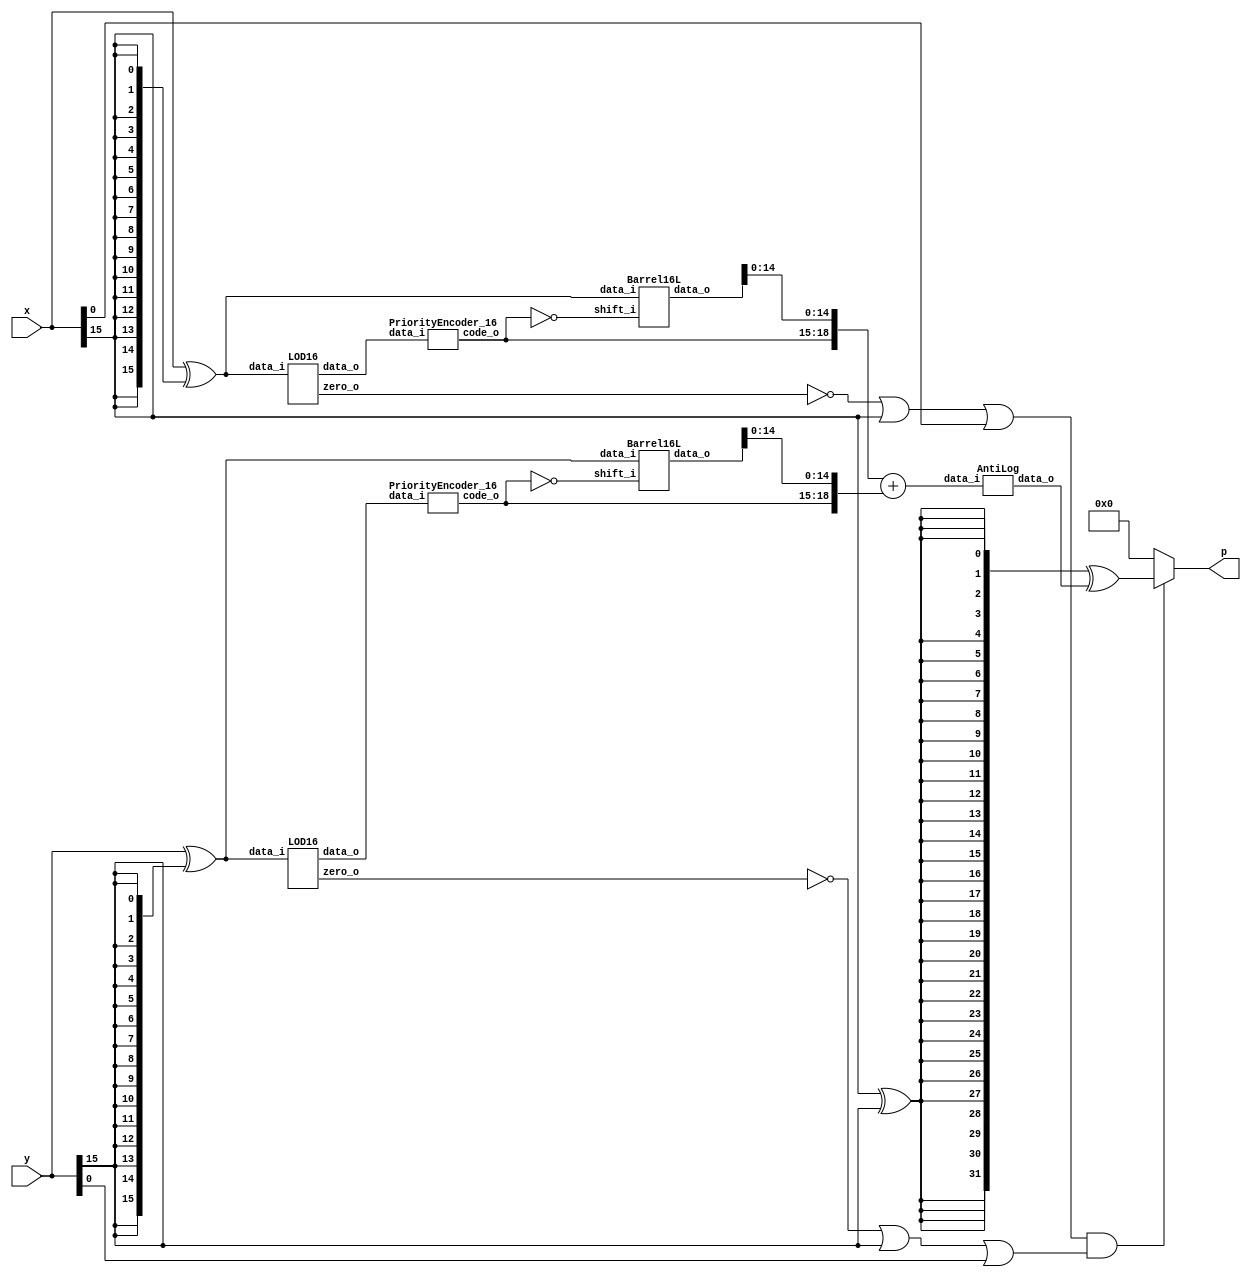
`timescale 1ns / 1ps

module MITCHEL(
    input [15:0] x,
    input [15:0] y,
    output [31:0] p
    );
    
	// Generate abs values
	wire [15:0] x_abs;
	wire [15:0] y_abs;
	
	// Going for X_abs
	assign x_abs = x ^ {16{x[15]}};


	// Going for Y_abs
	assign y_abs = y ^ {16{y[15]}};

			 
	// LOD x
	wire [15:0] kx;
	wire zero_x;
	wire [3:0] code_x;


	LOD16 LODx (
		.data_i(x_abs),
		.zero_o(zero_x),
		.data_o(kx)
	 ); 
	 

	PriorityEncoder_16 PEx (
		.data_i(kx),
		.code_o(code_x)
	 ); 
	 
	// LOD y

	wire [15:0] ky;
	wire zero_y;
	wire [3:0] code_y;

	LOD16 LODy (
		.data_i(y_abs),
		.zero_o(zero_y),
		.data_o(ky)
	 ); 

	PriorityEncoder_16 PEy (
			.data_i(ky),
			.code_o(code_y)
		 ); 
		 
	
	// Barell shift X
	
	wire [3:0] code_x_inv;
	wire [15:0] barrel_x;
	
	assign code_x_inv = ~code_x;
	
	Barrel16L BShiftx (
		.data_i(x_abs),
		.shift_i(code_x_inv),
		.data_o(barrel_x)
 	 ); 
	
	
	// Barell shift Y
	wire [3:0] code_y_inv;
	wire [15:0] barrel_y;

	assign code_y_inv = ~code_y;
	
	Barrel16L BShifty (
		.data_i(y_abs),
		.shift_i(code_y_inv),
		.data_o(barrel_y)
 	 );
	
	// Addition of Op1 and Op2
	wire [19:0] op1;
	wire [19:0] op2;
	wire [19:0] L;
	wire c_in;
	
	
	assign op1 = {1'b0,code_x,barrel_x[14:0]};
	assign op2 = {1'b0,code_y,barrel_y[14:0]};
    
    assign L = op1 + op2;
	 	
	// Anti logarithm 
	
	wire [31:0] tmp_out; 
	AntiLog anti_log(
		.data_i(L),
		.data_o(tmp_out)
	);
	
	// xor 
	wire prod_sign; 
	wire [31:0] tmp_sign;
	
	assign prod_sign = x[15] ^ y[15];
	assign tmp_sign = {32{prod_sign}} ^ tmp_out;
	
	// is zero 
	wire not_zero;
	assign not_zero = (~zero_x | x[15] | x[0]) & (~zero_y | y[15] | y[0]);
	
	assign p = not_zero ? tmp_sign : 32'b0;
	
endmodule


module AntiLog(
	input [19:0] data_i,
	output [31:0] data_o
	);
	
	// L1 Barell
	wire [31:0] l1_in;
	wire [31:0] l1_out;
	wire [4:0] k_enc;
	wire [4:0] k_enc_inc;
	
	assign l1_in = {16'b0,1'b1,data_i[14:0]};
	assign k_enc = {1'b0,data_i[18:15]};
	
	carry_lookahead_inc inc_inst(
     .i_add1(k_enc),
     .o_result(k_enc_inc)
     );	
	
	
	
	Barrel32L L1shift (
		.data_i(l1_in),
		.shift_i(k_enc_inc),
		.data_o(l1_out)
 	 );
	
	// R Barell 
	wire [15:0] r_in;
	wire [15:0] r_out;
	wire [3:0] enc;
	
	assign enc = ~data_i[18:15];
	assign r_in = {1'b1,data_i[14:0]};
	
	Barrel16R Rshift (
		.data_i(r_in),
		.shift_i(enc),
		.data_o(r_out)
 	 );
	
	// And
	wire lr;
	wire [15:0] out_msb;
	
	assign lr = data_i[19];
	assign out_msb = {16{lr}} & l1_out[31:16];
	
	// mux
	wire [15:0] out_lsb;
	assign out_lsb = lr ? l1_out[15:0] : r_out;
	// concanate
	assign data_o = {out_msb,out_lsb};
	
endmodule

module PriorityEncoder_16_old(
    input [15:0] data_i,
    output reg [3:0] code_o
    );

	always @*
		case (data_i)
	      16'b0000000000000001 : code_o = 4'b0000;
         16'b0000000000000010 : code_o = 4'b0001;
         16'b0000000000000100 : code_o = 4'b0010;
         16'b0000000000001000 : code_o = 4'b0011;
         16'b0000000000010000 : code_o = 4'b0100;
         16'b0000000000100000 : code_o = 4'b0101;
         16'b0000000001000000 : code_o = 4'b0110;
         16'b0000000010000000 : code_o = 4'b0111;
		 16'b0000000100000000 : code_o = 4'b1000;
         16'b0000001000000000 : code_o = 4'b1001;
         16'b0000010000000000 : code_o = 4'b1010;
         16'b0000100000000000 : code_o = 4'b1011;
         16'b0001000000000000 : code_o = 4'b1100;
         16'b0010000000000000 : code_o = 4'b1101;
         16'b0100000000000000 : code_o = 4'b1110;
         16'b1000000000000000 : code_o = 4'b1111;
			
			default     : code_o = 4'b0000;
		endcase
		
endmodule

module PriorityEncoder_16(
    input [15:0] data_i,
    output [3:0] code_o
    );
    
    wire [7:0] tmp0;
    assign tmp0 = {data_i[15],data_i[13],data_i[11],data_i[9],data_i[7],data_i[5],data_i[3],data_i[1]};
    OR_tree code0(tmp0,code_o[0]);
    
    wire [7:0] tmp1;
    assign tmp1 = {data_i[15],data_i[14],data_i[11],data_i[10],data_i[7],data_i[6],data_i[3],data_i[2]};
    OR_tree code1(tmp1,code_o[1]);
    
    wire [7:0] tmp2;
    assign tmp2 = {data_i[15],data_i[14],data_i[13],data_i[12],data_i[7],data_i[6],data_i[5],data_i[4]};
    OR_tree code2(tmp2,code_o[2]);
    
    wire [7:0] tmp3;
    assign tmp3 = {data_i[15],data_i[14],data_i[13],data_i[12],data_i[11],data_i[10],data_i[9],data_i[8]};
    OR_tree code3(tmp3,code_o[3]);
endmodule


module OR_tree(
    input [7:0] data_i,
    output data_o
    );
    
    wire [3:0] tmp1;
    wire [1:0] tmp2;
    
    assign tmp1 = data_i[3:0] | data_i[7:4];
    assign tmp2 = tmp1[1:0] | tmp2[3:2];
    assign data_o = tmp2[0] | tmp2[1];
endmodule



module LOD4(
    input [3:0] data_i,
    output [3:0] data_o
    );
	 
	 
	 wire mux0;
	 wire mux1;
	 wire mux2;
	 
	 // multiplexers:
	 assign mux2 = (data_i[3]==1) ? 1'b0 : 1'b1;
	 assign mux1 = (data_i[2]==1) ? 1'b0 : mux2;
	 assign mux0 = (data_i[1]==1) ? 1'b0 : mux1;
	 
	 //gates and IO assignments:
	 assign data_o[3] = data_i[3];
	 assign data_o[2] =(mux2 & data_i[2]);
	 assign data_o[1] =(mux1 & data_i[1]);
	 assign data_o[0] =(mux0 & data_i[0]);
	 

endmodule

module Muxes2in1Array4(
    input [3:0] data_i,
    input select_i,
    output [3:0] data_o
    );


	assign data_o[3] = select_i ? data_i[3] : 1'b0;
	assign data_o[2] = select_i ? data_i[2] : 1'b0;
	assign data_o[1] = select_i ? data_i[1] : 1'b0;
	assign data_o[0] = select_i ? data_i[0] : 1'b0;
	
	
endmodule



module LOD16(
    input [15:0] data_i,
    output zero_o,
    output [15:0] data_o
    );
	 
	 wire [15:0] z;
	 wire [3:0] select;
	 wire [3:0] zdet;
	 
	 
	 
	 
	 
	 //*****************************************
	 // Zero detection logic:
	 //*****************************************
	 assign zdet[3] = data_i[15] | data_i[14] | data_i[13] | data_i[12];
	 assign zdet[2] = data_i[11] | data_i[10] | data_i[9] | data_i[8];
	 assign zdet[1] = data_i[7] | data_i[6] | data_i[5] | data_i[4];
	 assign zdet[0] = data_i[3] | data_i[2] | data_i[1] | data_i[0];
	 assign zero_o = ~(zdet[3] | zdet[2] | zdet[1] | zdet[0]);
		 
		 
	 //*****************************************
	 // LODs:
	 //*****************************************
	 LOD4 lod4_3 (
		.data_i(data_i[15:12]), 
		.data_o(z[15:12])
	 );
	 
	 LOD4 lod4_2 (
		.data_i(data_i[11:8]), 
		.data_o(z[11:8])
	 );

	 LOD4 lod4_1 (
		.data_i(data_i[7:4]), 
		.data_o(z[7:4])
	 );
	 
	 LOD4 lod4_0 (
		.data_i(data_i[3:0]), 
		.data_o(z[3:0])
	 );
	 
	 LOD4 lod4_middle (
		.data_i(zdet), 
		.data_o(select)
	 );
	 
	 
	 //*****************************************
	 // Multiplexers :
	 //*****************************************
	 
	 Muxes2in1Array4 Inst_MUX214_3 (
		.data_i(z[15:12]), 
		.select_i(select[3]), 
		.data_o(data_o[15:12])
    );
	 
	 Muxes2in1Array4 Inst_MUX214_2 (
		.data_i(z[11:8]), 
		.select_i(select[2]), 
		.data_o(data_o[11:8])
    );
	 
	 Muxes2in1Array4 Inst_MUX214_1 (
		.data_i(z[7:4]), 
		.select_i(select[1]), 
		.data_o(data_o[7:4])
    );
	 
	 Muxes2in1Array4 Inst_MUX214_0 (
		.data_i(z[3:0]), 
		.select_i(select[0]), 
		.data_o(data_o[3:0])
    );


endmodule


module Barrel16L(
    input [15:0] data_i,
    input [3:0] shift_i,
    output reg [15:0] data_o
    );
	 
 
   always @*
      case (shift_i)
         4'b0000: data_o = data_i;
         4'b0001: data_o = data_i << 1;
         4'b0010: data_o = data_i << 2;
         4'b0011: data_o = data_i << 3;
         4'b0100: data_o = data_i << 4;
         4'b0101: data_o = data_i << 5;
         4'b0110: data_o = data_i << 6;
         4'b0111: data_o = data_i << 7;
         4'b1000: data_o = data_i << 8;
         4'b1001: data_o = data_i << 9;
         4'b1010: data_o = data_i << 10;
         4'b1011: data_o = data_i << 11;
         4'b1100: data_o = data_i << 12;
         4'b1101: data_o = data_i << 13;
         4'b1110: data_o = data_i << 14;
         default: data_o = data_i << 15;
      endcase
endmodule

module Barrel16R(
    input [15:0] data_i,
    input [3:0] shift_i,
    output reg [15:0] data_o
    );
	 
   
   always @*
      case (shift_i)
         4'b0000: data_o = data_i;
         4'b0001: data_o = data_i >> 1;
         4'b0010: data_o = data_i >> 2;
         4'b0011: data_o = data_i >> 3;
         4'b0100: data_o = data_i >> 4;
         4'b0101: data_o = data_i >> 5;
         4'b0110: data_o = data_i >> 6;
         4'b0111: data_o = data_i >> 7;
         4'b1000: data_o = data_i >> 8;
         4'b1001: data_o = data_i >> 9;
         4'b1010: data_o = data_i >> 10;
         4'b1011: data_o = data_i >> 11;
         4'b1100: data_o = data_i >> 12;
         4'b1101: data_o = data_i >> 13;
         4'b1110: data_o = data_i >> 14;
         default: data_o = data_i >> 15;
      endcase
endmodule


module Barrel32L(
    input [31:0] data_i,
    input [4:0] shift_i,
    output reg [31:0] data_o
    );
	 
   
   always @*
      case (shift_i)
         5'b00000: data_o = data_i;
         5'b00001: data_o = data_i << 1;
         5'b00010: data_o = data_i << 2;
         5'b00011: data_o = data_i << 3;
         5'b00100: data_o = data_i << 4;
         5'b00101: data_o = data_i << 5;
         5'b00110: data_o = data_i << 6;
         5'b00111: data_o = data_i << 7;
         5'b01000: data_o = data_i << 8;
         5'b01001: data_o = data_i << 9;
         5'b01010: data_o = data_i << 10;
         5'b01011: data_o = data_i << 11;
         5'b01100: data_o = data_i << 12;
         5'b01101: data_o = data_i << 13;
         5'b01110: data_o = data_i << 14;
		 5'b01111: data_o = data_i << 15;
         default:  data_o = data_i << 16;
      endcase


endmodule

module FAd(a,b,c,cy,sm);
	input a,b,c;
	output cy,sm;
	wire x,y,z;
	xor x1(x,a,b);
	xor x2(sm,x,c);
	and a1(y,a,b);
	and a2(z,x,c);
	or o1(cy,y,z);
endmodule

module carry_lookahead_adder
  #(parameter WIDTH = 16)
  (
   input [WIDTH-1:0] i_add1,
   input [WIDTH-1:0] i_add2,
	input cin,
   output [WIDTH-1:0]  o_result
   );
     
  wire [WIDTH:0]     w_C;
  wire [WIDTH-1:0]   w_G, w_P, w_SUM;
 

 
  // Create the Full Adders
  genvar  ii;
  generate
    for (ii=0; ii<WIDTH; ii=ii+1) 
      begin: mod_carry
        FA full_adder_inst
            ( 
              .a(i_add1[ii]),
              .b(i_add2[ii]),
              .c(w_C[ii]),
              .sm(w_SUM[ii]),
              .cy()
              );
      end
  endgenerate
 
  // Create the Generate (G) Terms:  Gi=Ai*Bi
  // Create the Propagate Terms: Pi=Ai+Bi
  // Create the Carry Terms:
  genvar jj;
  generate
    for (jj=0; jj<WIDTH; jj=jj+1) 
      begin: mod_sum
        assign w_G[jj]   = i_add1[jj] & i_add2[jj];
        assign w_P[jj]   = i_add1[jj] | i_add2[jj];
        assign w_C[jj+1] = w_G[jj] | (w_P[jj] & w_C[jj]);
      end
  endgenerate
   
  assign w_C[0] = cin; 
  
  assign o_result = {w_SUM};   // Verilog Concatenation
 
endmodule // carry_lookahead_adder

module FA(a,b,c,cy,sm);
	input a,b,c;
	output cy,sm;
	wire x,y,z;
	xor x1(x,a,b);
	xor x2(sm,x,c);
	and a1(y,a,b);
	and a2(z,x,c);
	or o1(cy,y,z);
endmodule


module carry_lookahead_inc
  (
   input [4:0] i_add1,
   output [4:0]  o_result
   );
     
  wire [5:0]     w_C;
  wire [4:0]   w_SUM;
 
  // Create the HA Adders
  genvar  ii;
  generate 
    for (ii=0; ii<5; ii=ii+1) 
      begin: once_told
         assign w_SUM[ii] = i_add1[ii] ^ w_C[ii];
      end
  endgenerate
 
  // Create the Generate (G) Terms:  Gi=Ai*Bi
  // Create the Propagate Terms: Pi=Ai+Bi
  // Create the Carry Terms:
  genvar jj;
  generate
    for (jj=0; jj<5; jj=jj+1) 
      begin : someone
        assign w_C[jj+1] = (i_add1[jj] & w_C[jj]);
      end
  endgenerate
   
  assign w_C[0] = 1'b1; // Input carry is 1
 
  assign o_result = w_SUM;   // Verilog Concatenation
 
endmodule // carry_lookahead_adder